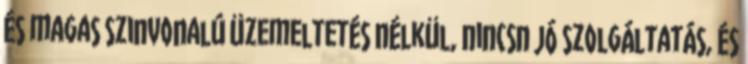
és magas szinvonalú üzemeltetés nélkül, nincsn jó szolgáltatás, és